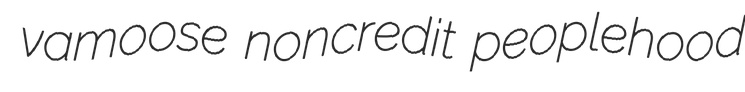
vamoose noncredit peoplehood